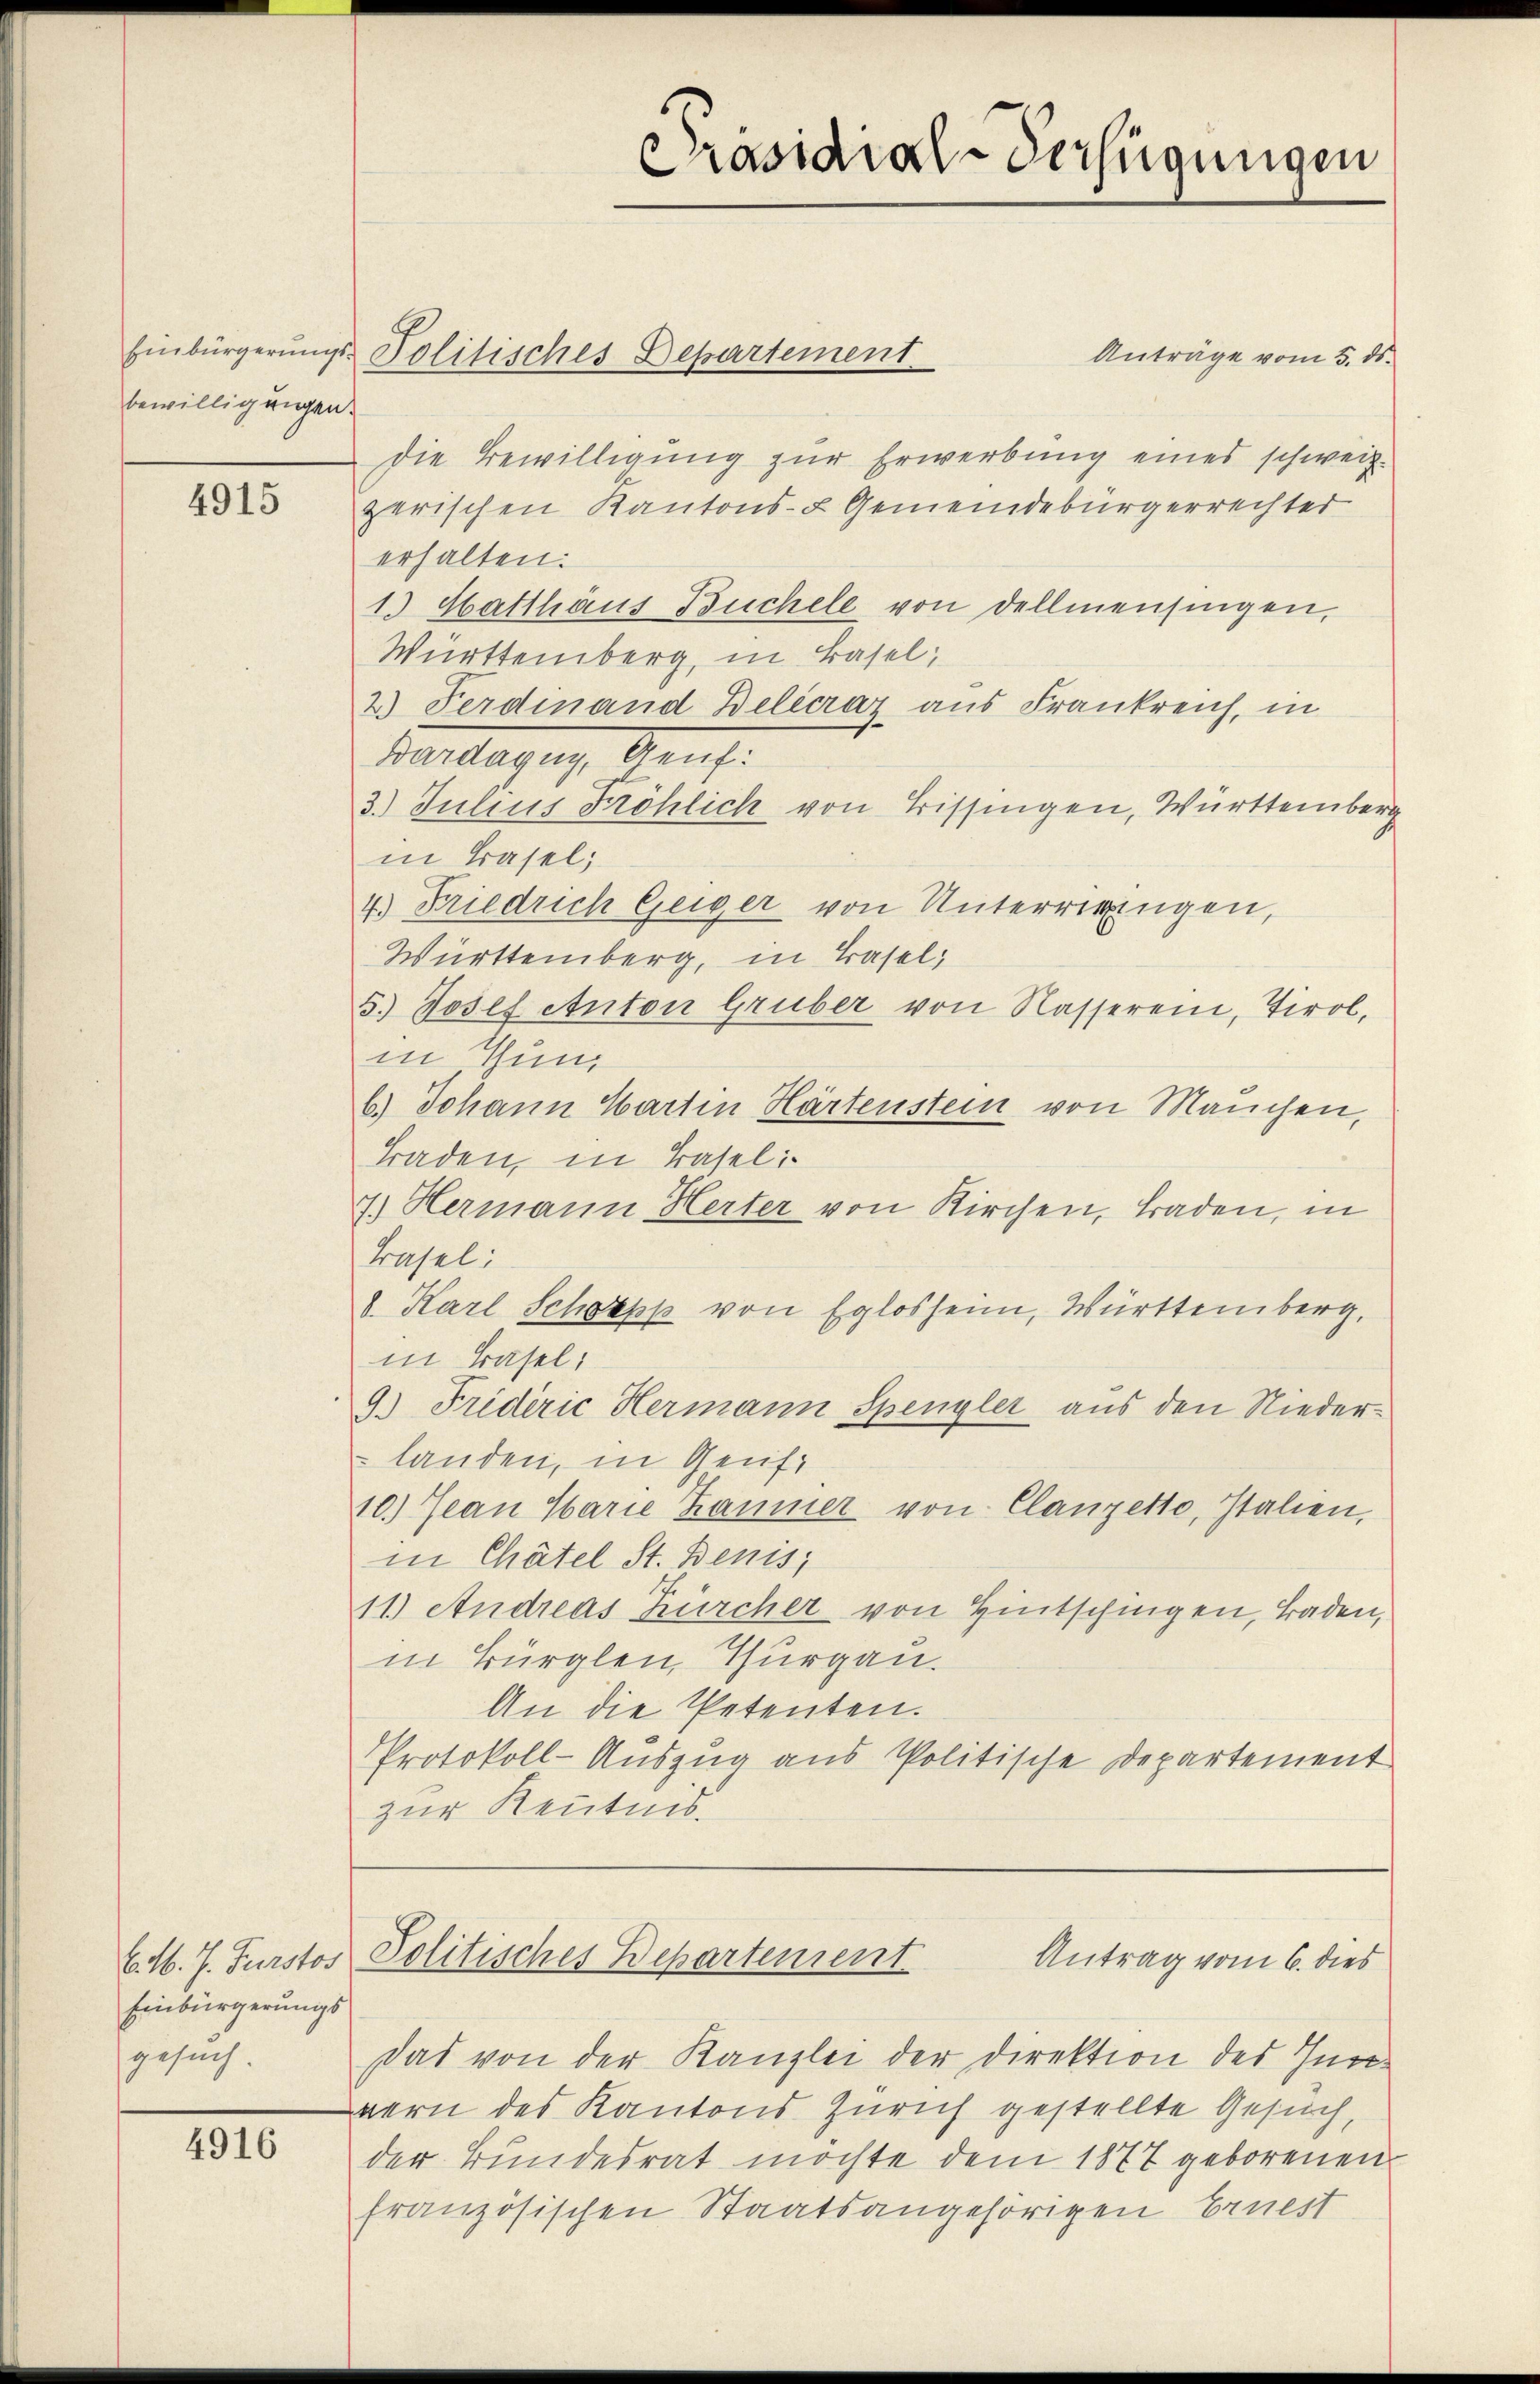
bewillig eigen.

4915

b. M. J. Furstos
Einbürgerungs
gesuch.

4916

Anträge vom 5. ds.
die Bewilligung zur Erwerbung eines schweiz.
zerischen Kantons- & Gemeindebürgerrechter
erhalten.
1.) Hatthäus Buchele von dellmensingen,
Württemberg, in Basel,
2) Ferdinand Belecrar aus Frankreich, in
Barlegung, Auf
3.) Julius Fröhlich von Bissingen, Württemberg
in Basel,
4.) Friedrich Geiger von Unterrigingen,
Württemberg, in Basel,
5.) Josef Anton Gruber von Kasseren, Tirol,
in Thun
b.) Johann Wartin Härtenstein von Manchen,
Baden, in Basel
7.) Hermann Herter von Kirchen, Baden, in
Trasel:
1. Karl Schoepp von Eglosheim, Württemberg,
in Basel;
9.) Friderić Hermann Spengler aus den Niederlanden, in Genf,
10.) Jean Carie Kammer von Clanzerto, Italien,
in Chätel St. Benis
11.) Andreas Kircher von Hintschigen, Baden,
in Bürglen, Thurgau.
An die Petenten.
Protokoll-Auszug aus Politische Departement
zur Kenntnis.

Einbürgerungs-Politisches Departement

Präsidial-Verfügungen

Politisches Departement
Antrag vom 6. dies

Das von der Kanzlei der Direktion des Inn-
wern des Kantons Zürich gestellte Gesuch
der Bundesrat möchte dem 1877 geborenen
französischen Staatsangehörigen Ernest